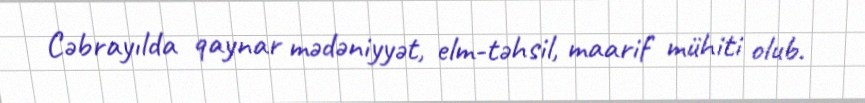
Cəbrayılda qaynar mədəniyyət, elm-təhsil, maarif mühiti olub.